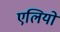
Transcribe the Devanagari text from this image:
एलियो